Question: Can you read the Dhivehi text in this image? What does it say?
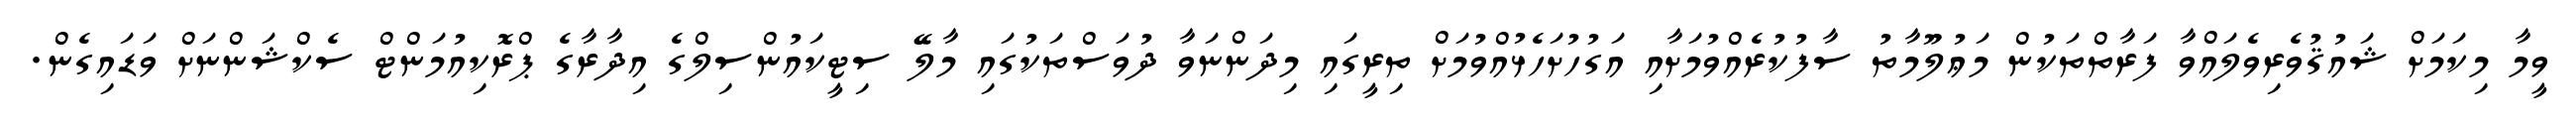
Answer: ވީމާ މިކަމަށް ޝައުޤުވެރިވެލައްވާ ފަރާތްތަކުން މަޢުލޫމާތު ސާފުކުރެއްވުމަށާއި އަގުހުށަހެޅުއްވުމަށް ތިރީގައި މިދަންނަވާ ދުވަސްތަކުގައި މާލޭ ސިޓީކައުންސިލްގެ އިދާރާގެ ޕްރޮކިއުމަންޓް ސެކްޝަންނަށް ވަޑައިގެން.